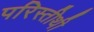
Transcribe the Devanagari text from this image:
परिस्तीथी